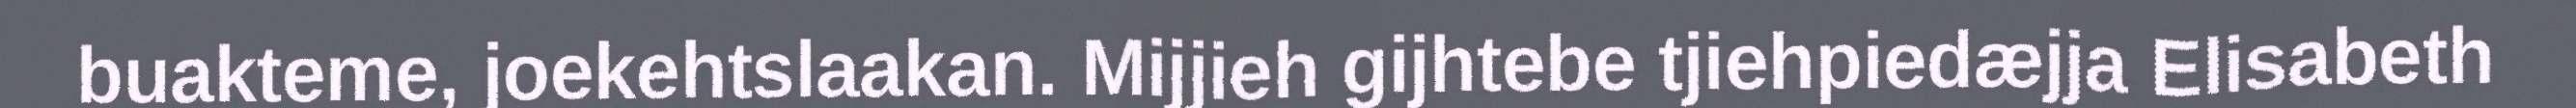
buakteme, joekehtslaakan. Mijjieh gijhtebe tjiehpiedæjja Elisabeth